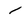
Character: I